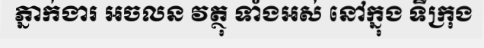
ភ្នាក់ងារ អចលន វត្ថុ ទាំងអស់ នៅក្នុង ទីក្រុង